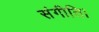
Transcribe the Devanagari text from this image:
संगीति।